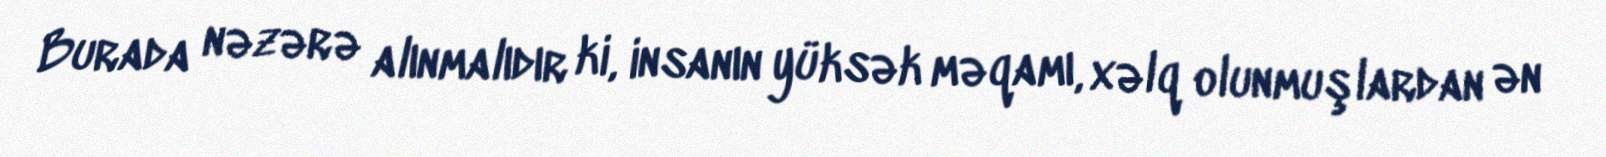
Burada nəzərə alınmalıdır ki, insanın yüksək məqamı, xəlq olunmuşlardan ən